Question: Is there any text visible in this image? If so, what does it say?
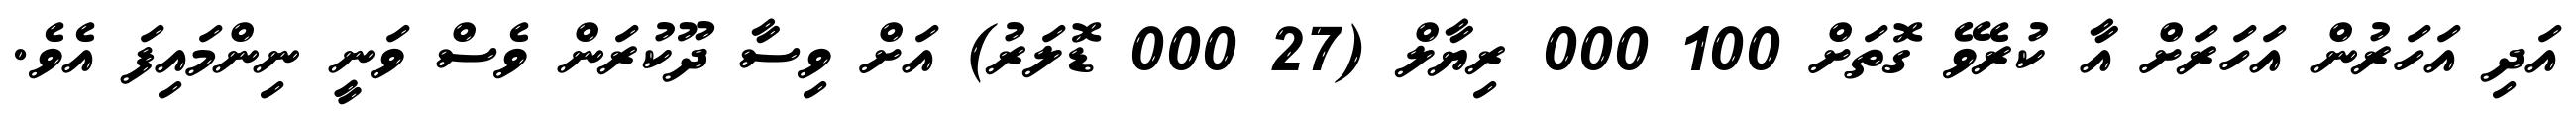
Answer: އަދި އަހަރުން އަހަރަށް އާ ކުރެވޭ ގޮތަށް 100 000 ރިޔާލް (27 000 ޑޮލަރު) އަށް ވިސާ ދޫކުރަން ވެސް ވަނީ ނިންމައިފަ އެވެ.